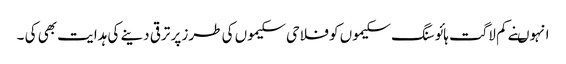
انہوںنے کم لاگت ہائوسنگ سکیموں کو فلاحی سکیموں کی طرز پر ترقی دینے کی ہدایت بھی کی ۔